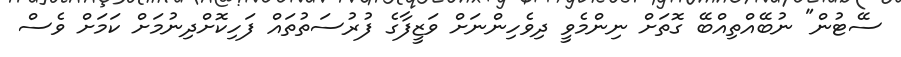
ސޭޓުން" ނުބޭއްތިއްބޭ ގޮތަށް ނިންމެވީ ދިވެހިންނަށް ވަޒީފާގެ ފުރުސަތުތައް ފަހިކޮށްދިނުމަށް ކަމަށް ވެސް